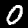
Label: 0